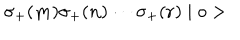
LaTeX: \sigma _ { + } ( { \bf m } ) \sigma _ { + } ( { \bf n } ) \cdots \sigma _ { + } ( { \bf r } ) \mid o >